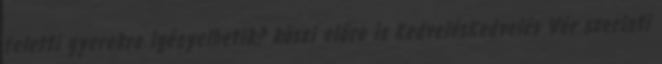
feletti gyerekre igényelhetik? köszi előre is KedvelésKedvelés Vér szerinti